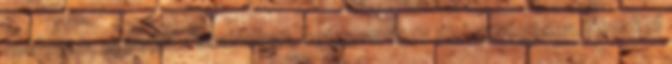
boldogan, egyedül - családban, betegen vagy egészségesen. Nem kell